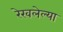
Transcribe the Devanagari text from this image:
रेखलेल्या